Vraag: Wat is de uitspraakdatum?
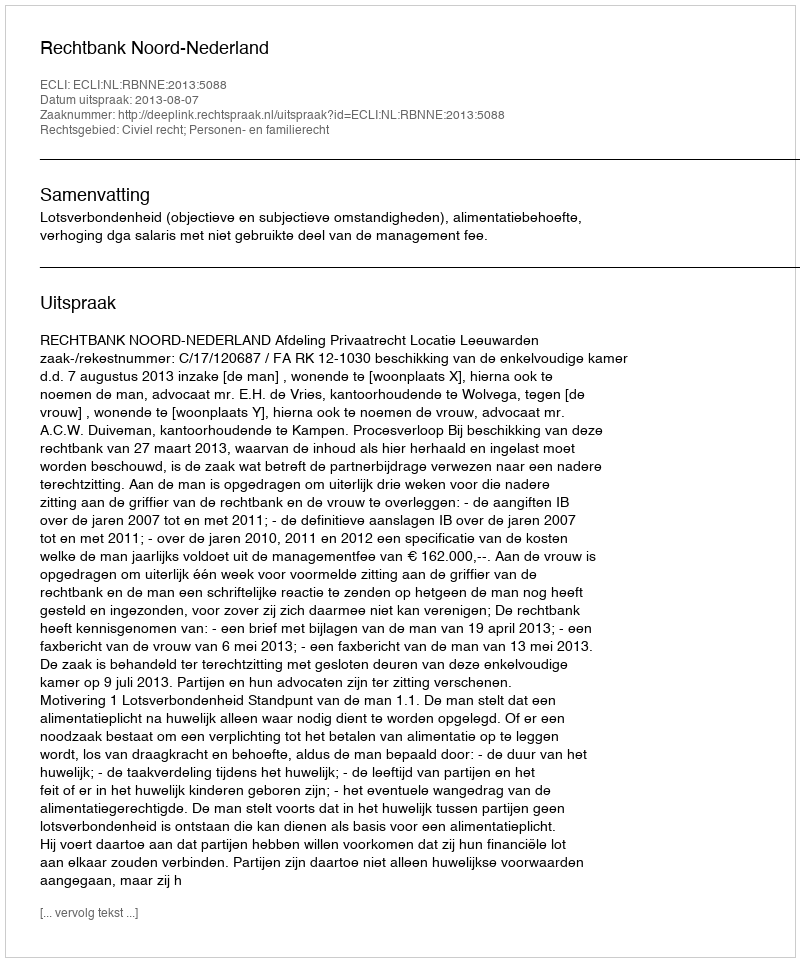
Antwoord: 2013-08-07